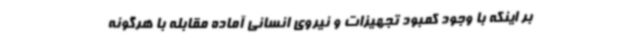
بر اینکه با وجود کمبود تجهیزات و نیروی انسانی آماده مقابله با هرگونه